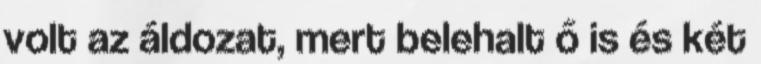
volt az áldozat, mert belehalt ő is és két